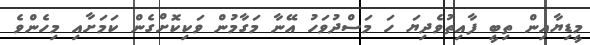
މީޑިޔާއިން ތިބީ ފާއިތުވެދިޔަ ހަ މަސްދުވަހު އޭނާ މަގާމުން ވަކިކޮށްގެން ކަމަށާއި މިހެންވެ